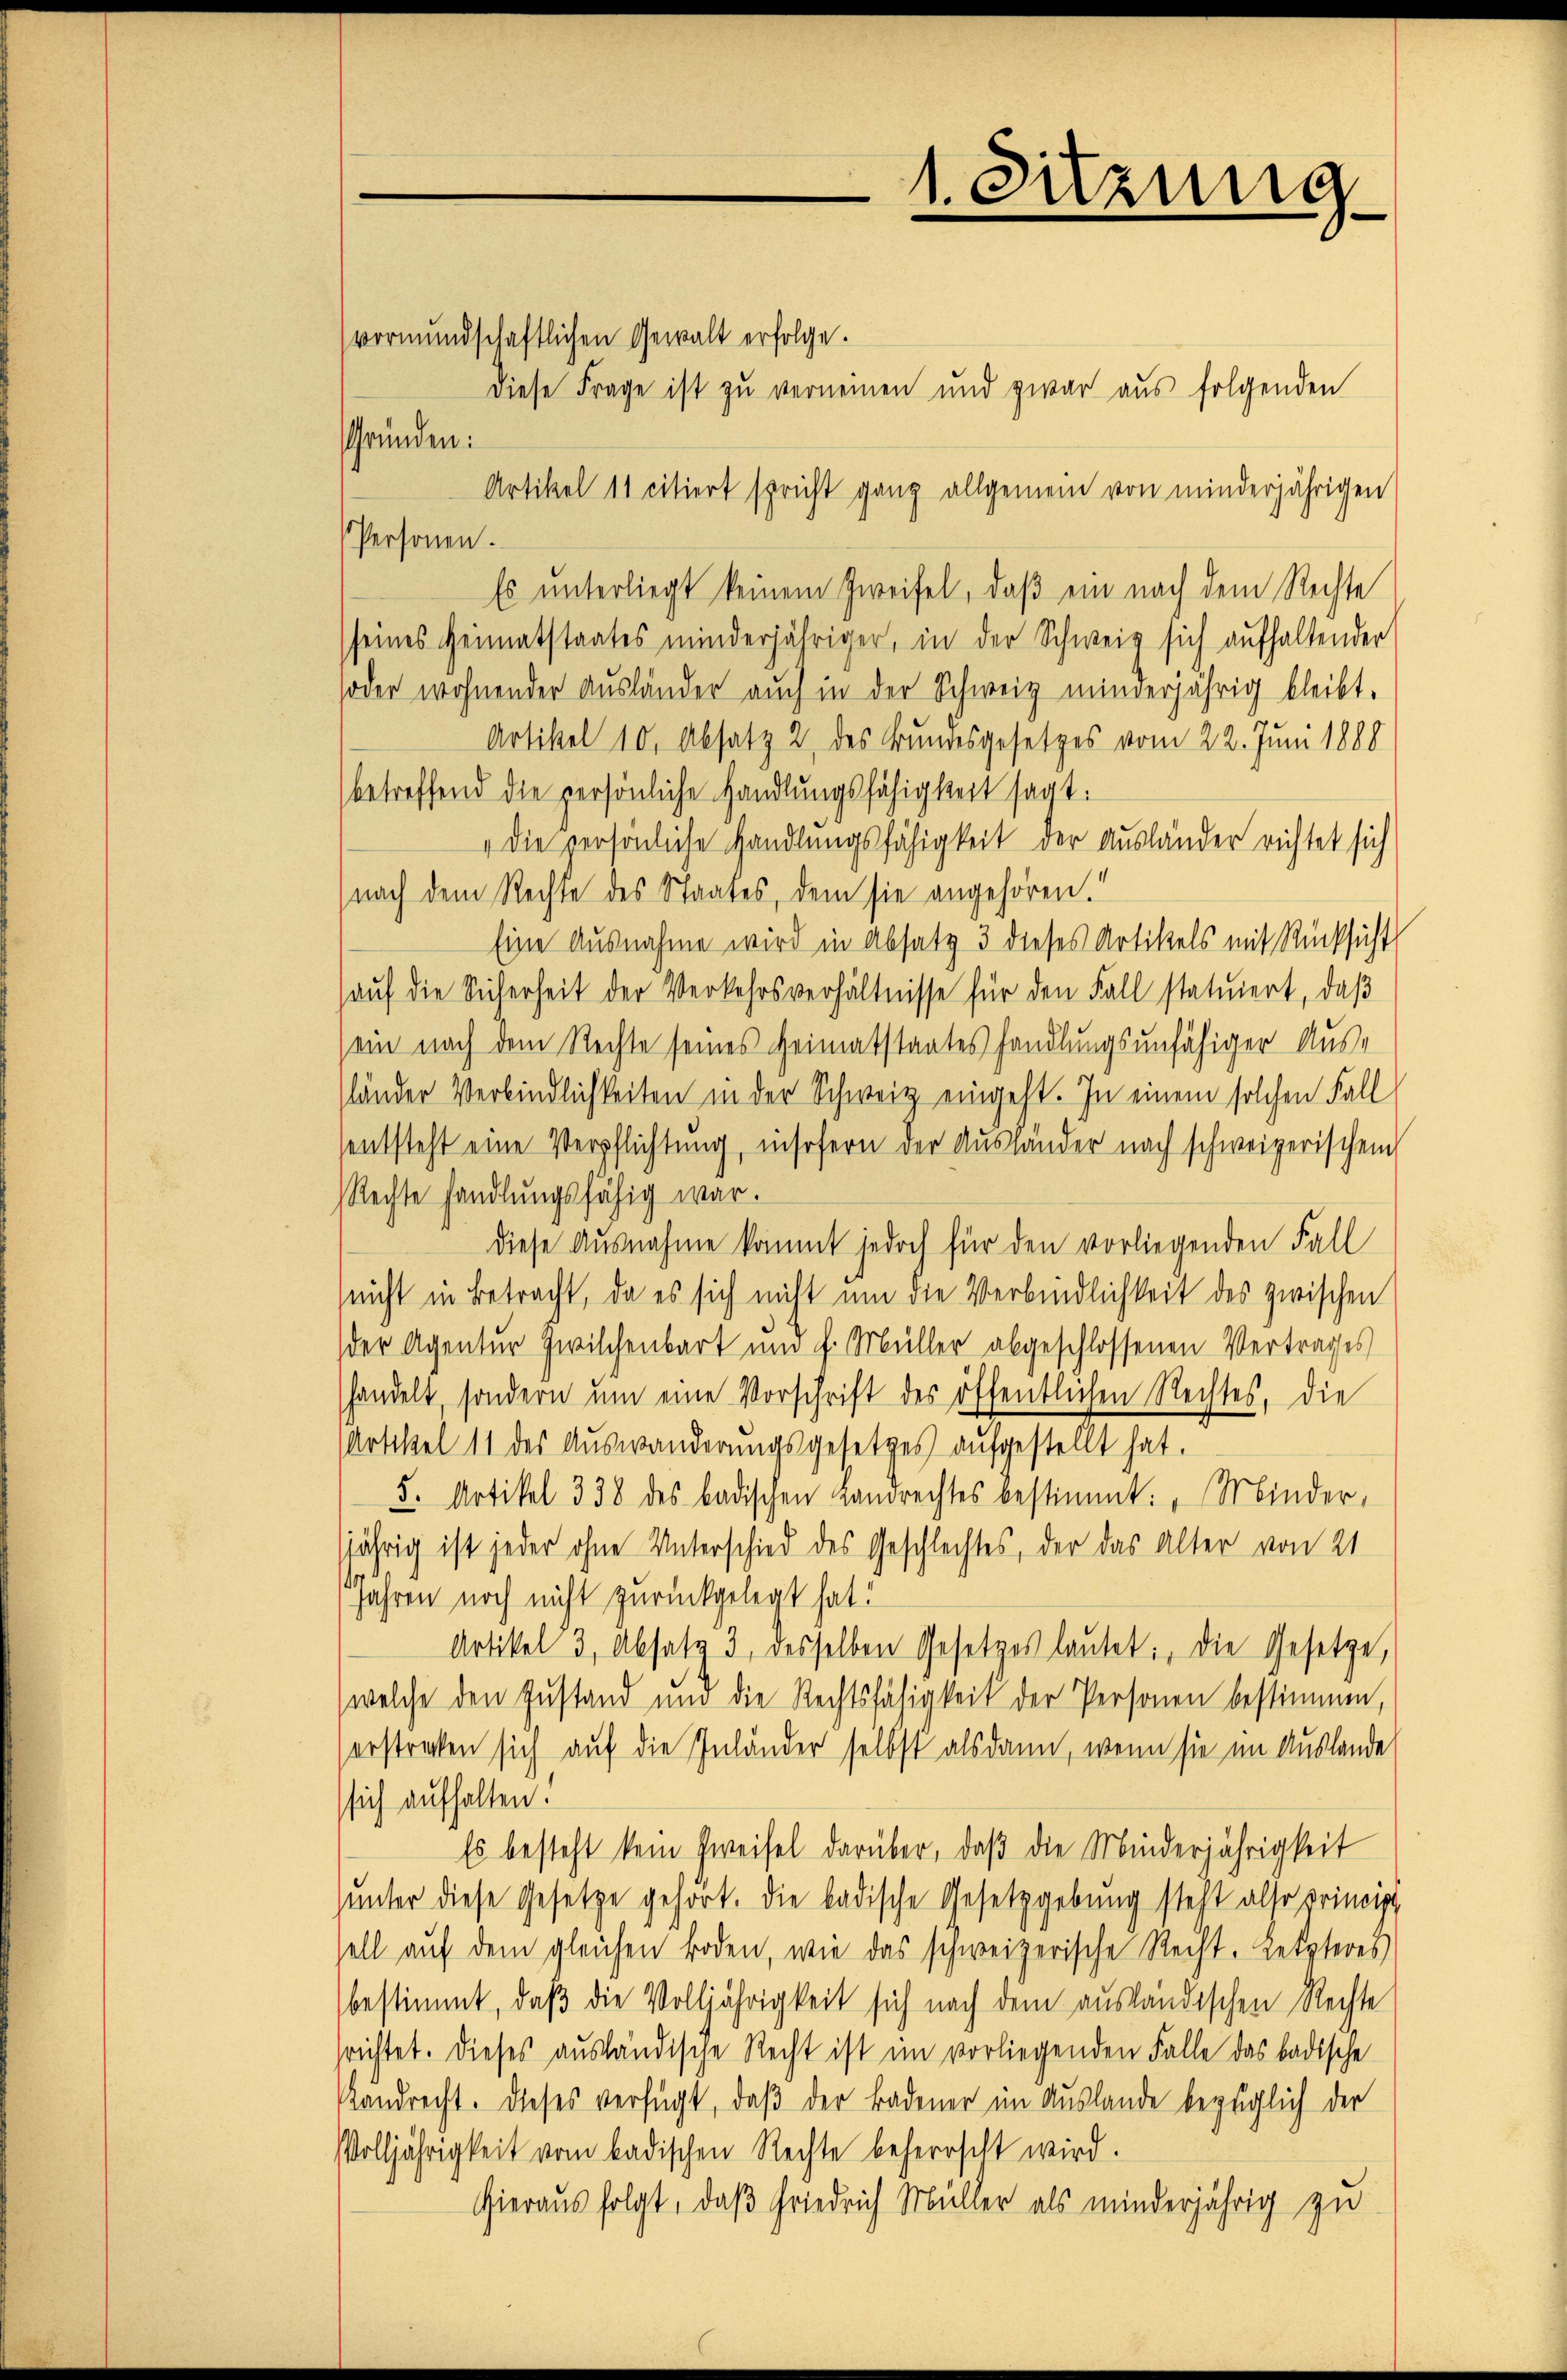
vormundschaftlichen Gewalt erfolge.
diese Frage ist zu verneinen und zwar aus folgenden
Gründen:
Artikel 11 citiert spricht ganz allgemein von minderjährigen
Personen.
Es unterliegt keinem Zweifel, daß ein nach dem Rechte
seines Heimatstaates minderjähriger, in der Schweiz sich aufhaltender
soder wohnender Ausländer auch in der Schweiz minderjährig bleibt.
Artikel 10, Absatz 2 des Bundesgesetzes vom 22. Juni 1888
betreffend die persönliche Handlungsfähigkeit sagt:
" die Persönliche Handlungsfähigkeit der Ausländer richtet sich
nach dem Rechte des Staates, dem sie angehören.“
Eine Ausnahme wird in Absatz 3 dieses Artikels mit Rücksicht
aŭf die Sicherheit der Verkehrsverhältnisse für den Fall statuiert, daβ
ein nach dem Rechte seines Heimatstaates handlungsunfähiger Ausständer Verbindlichkeiten in der Schweiz eingeht. In einem solchen Fall
sentsteht eine Verpflichtung, insofern der Ausländer nach schweizerischen
Rechte handlungsfähig war.
diese Ausnahme kommt jedoch für den vorliegenden Fall
(nicht in Betracht, da es sich nicht um die Verbindlichkeit des zwischen
der Agentur Zwilchenbart und h. Müller abgeschlossenen Vertrages
handelt, sondern ŭm eine Vorschrift des öffentlichen Rechtes, die
Artikel 11 des Auswanderungsgesetzes aufgestellt hat.
5. Artikel 338 des badischen Landrechtes bestimmt: „Minder,
jährig ist jeder ohne Unterschied des Geschlechtes, der das Alter von 21
Jahren noch nicht zurückgelegt hat.
Artikel 3, Absatz 3 desselben Gesetzes lautet: die Gesetze,
welche den Zustand und die Rechtsfähigkeit der Personen bestimmen,
erstrecken sich auf die Inländer selbst alsdann, wenn sie im Auslande
ssich aufhalten.
Es besteht kein Zweifel darüber, daß die Minderjährigkeit
hunter diese Gesetze gehört. Die badische Gesetzgebung steht also princip
sell auf dem gleichen Boden, wie das schweizerische Recht. Letzteres
bestimmt, daß die Volljährigkeit sich nach dem ausländischen Rechte
srichtet. Dieses ausländische Recht ist im vorliegenden Falle das badische
slandrecht. Dieses verfügt, daß der Badener im Auslande bezüglich der
Volljährigkeit vom badischen Rechte beherrscht wird.
Hieraus folgt, daß Friedrich Müller als minderjährig zu

1. Sitzung